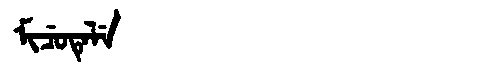
Manchu: ᠮᡳᠴᡠᡨᡝᠯᡝ
Romanization: MICUTELE